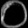
Digit: ၀